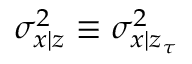
\sigma _ { x | z } ^ { 2 } \equiv \sigma _ { x | z _ { \tau } } ^ { 2 }